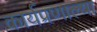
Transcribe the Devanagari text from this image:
कार्यप्रणाल्या